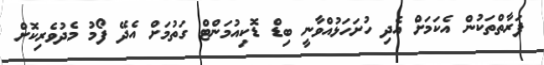
ފަރާތްތަކުން އެކަމަށް އެދި ހުށަހަޅުއްވާނީ ބިޑް ޑޮކިއުމަންޓް ގަތުމަށް އެދޭ ފޯމު މެދުވެރިކޮށް